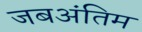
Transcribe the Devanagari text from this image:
जबअंतिम